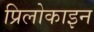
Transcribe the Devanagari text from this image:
प्रिलोकाइन